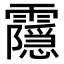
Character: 𬰔